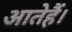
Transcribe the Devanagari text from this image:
आतेहैं।